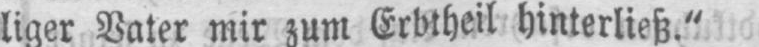
liger Vater mir zum Erbtheil hinterließ.“